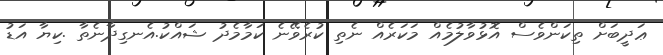
ޢަދީބަށް ތިކަންވެސް އޮޅުވާލުމެއް މަކަރެއް ނެތި ކުރެވޭނެ ކަމާމެދު ޝައްކު.އެނގިދާނެތާ .ކިޔާ އަޑު